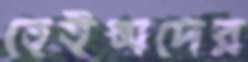
হেইন্সদের